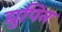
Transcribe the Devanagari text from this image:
द्युपिन